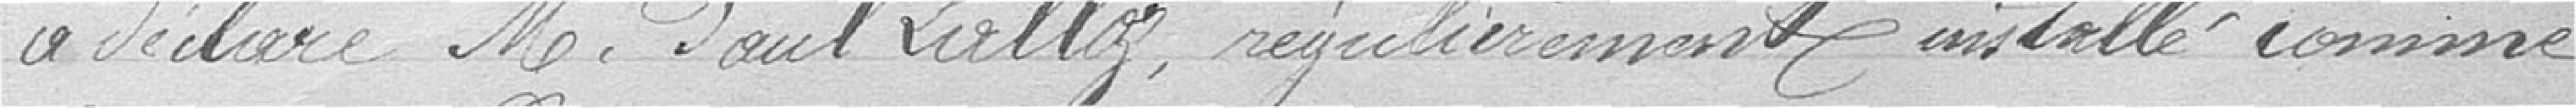
a déclaré monsieur Paul Lalloz, régulièrement installé comme